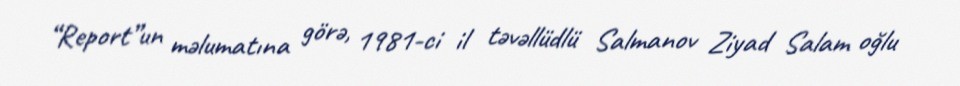
“Report”un məlumatına görə, 1981-ci il təvəllüdlü Salmanov Ziyad Salam oğlu